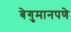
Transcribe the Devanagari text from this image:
बेगुमानपणे